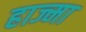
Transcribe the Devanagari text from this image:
हाज्मा